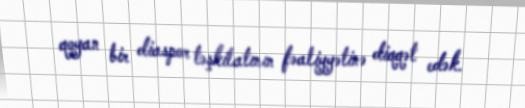
qoyan bir diaspor təşkilatının fəaliyyətinə diqqət edək.